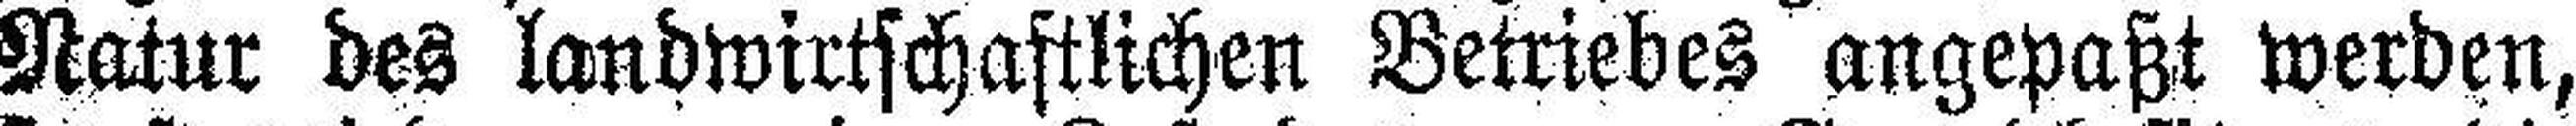
Natur des landwirtschaftlichen Betriebes angepaßt werden,